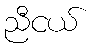
ညီငယ်